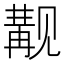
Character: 觏